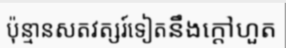
ប៉ុន្មានសតវត្សរ៍ទៀតនឹងក្តៅហួត